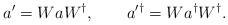
LaTeX: \begin{align*}a'=WaW^{\dagger},\qquad a^{\prime\dagger}=Wa^{\dagger}W^{\dagger}.\end{align*}